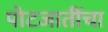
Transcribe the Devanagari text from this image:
पोटजातींचा